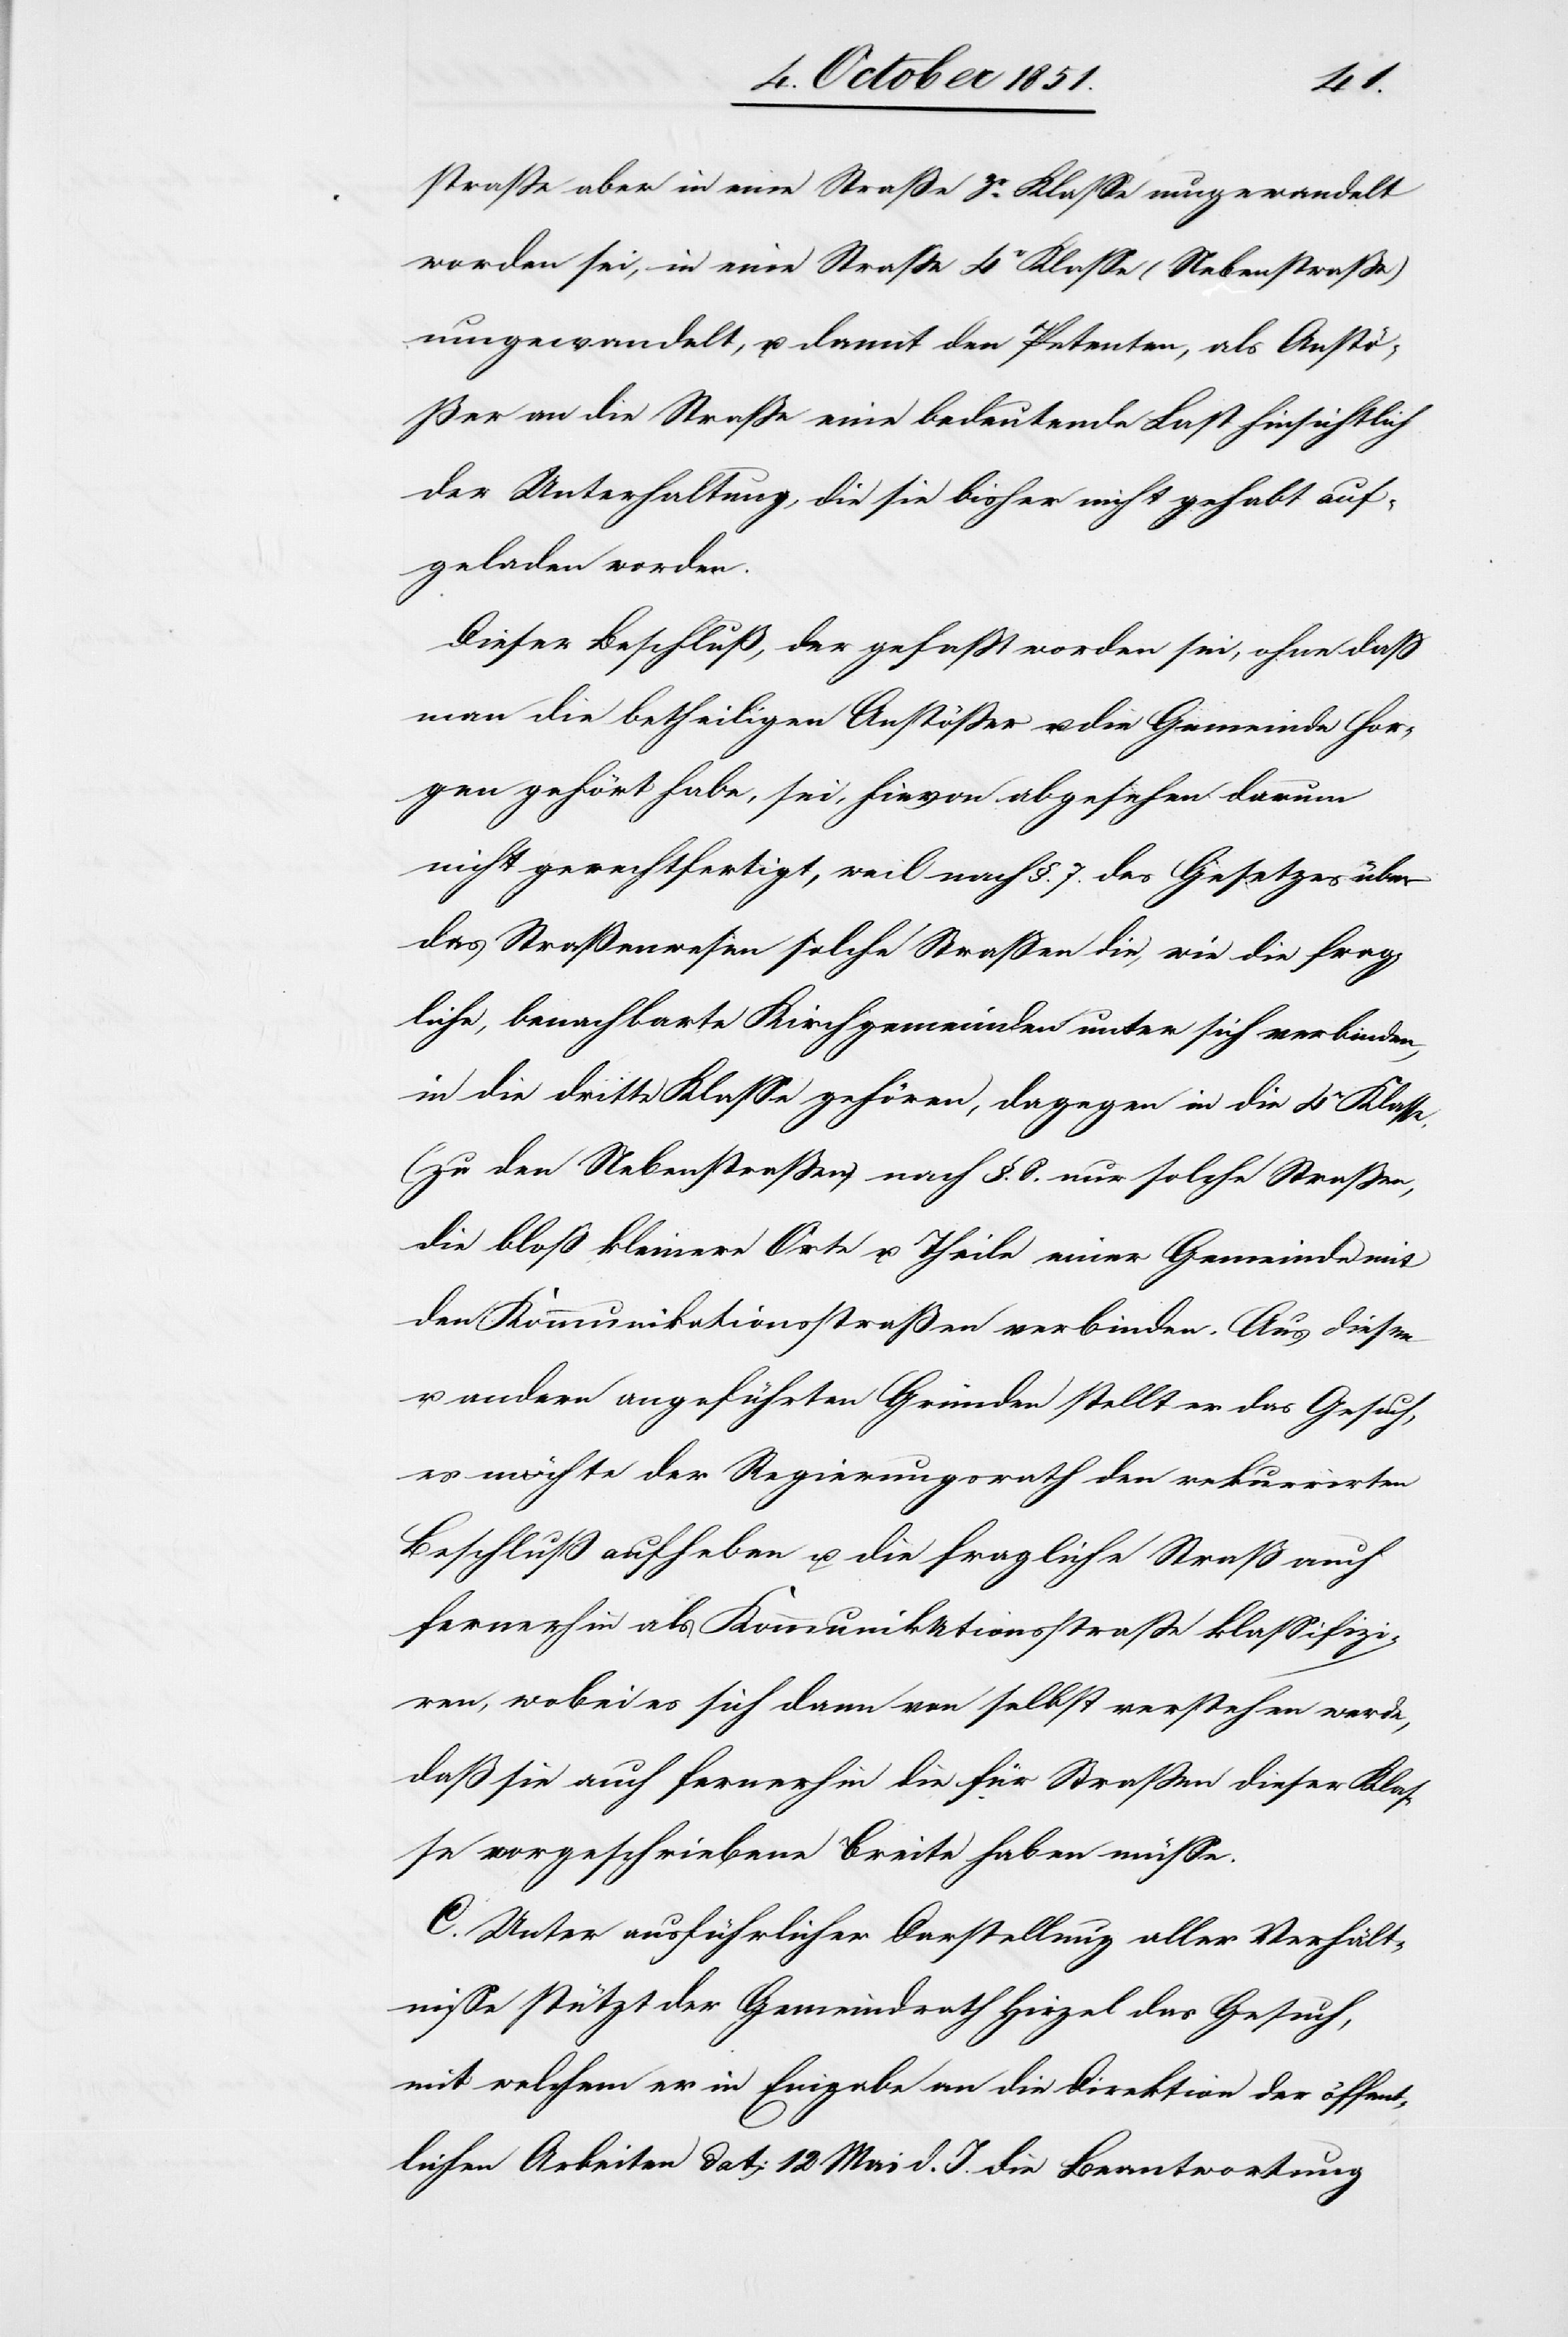
straße aber in eine Straße 3r. Klasse umgewandelt
worden sei, in eine Straße 4r Klasse (Nebenstraße)
umgewandelt, u. damit den Petenten, als Anstö¬
ßer an die Straße eine bedeutende Last hinsichtlich
der Unterhaltung, die sie bisher nicht gehabt auf¬
geladen worden
Dieser Beschluß, der gefaßt worden sei, ohne daß
man die betheiligten Anstößer u. die Gemeinde Hor¬
gen gehört habe, sei, hievon abgesehen darum
nicht gerechtfertigt, weil nach §. 7. des Gesetzes über
das Straßenwesen solche Straßen die, wie die frag¬
liche, benachbarte Kirchgemeinden unter sich verbinden,
in die dritte Klasse gehören, dagegen in die 4e Klasse,
(zu den Nebenstraßen) nach §. 8. nur solche Straßen,
die bloß kleinere Orte u. Theile einer Gemeinde mit
den Kommunikationsstraßen verbinden. Aus diesen
u. andern angeführten Gründen stellt er das Gesuch,
es möchte der Regierungsrath den rekurrirten
Beschluß aufheben u. die fragliche Straß[e] auch
fernerhin als Kommunikationsstraße klassifizi¬
ren, wobei es sich dann von selbst verstehen werde,
daß sie auch fernerhin die für Straßen dieser Klas¬
se vorgeschriebene Breite haben müsse.
C. Unter ausführlicher Darstellung aller Verhält¬
nisse stützt der Gemeindrath Hirzel das Gesuch,
mit welchem er in Eingabe an die Direktion der öffent¬
lichen Arbeiten dat: 12 Mai d. J. die Beantwortung